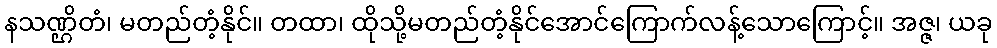
နသဏ္ဌိတံ၊ မတည်တံ့နိုင်။ တထာ၊ ထိုသို့မတည်တံ့နိုင်အောင်ကြောက်လန့်သောကြောင့်။ အဇ္ဇ၊ ယခု